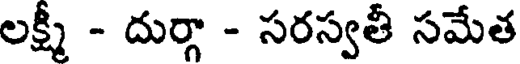
లక్ష్మీ - దుర్గా - సరస్వతీ సమేత